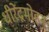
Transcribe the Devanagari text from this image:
धीरेंद्रमोहन